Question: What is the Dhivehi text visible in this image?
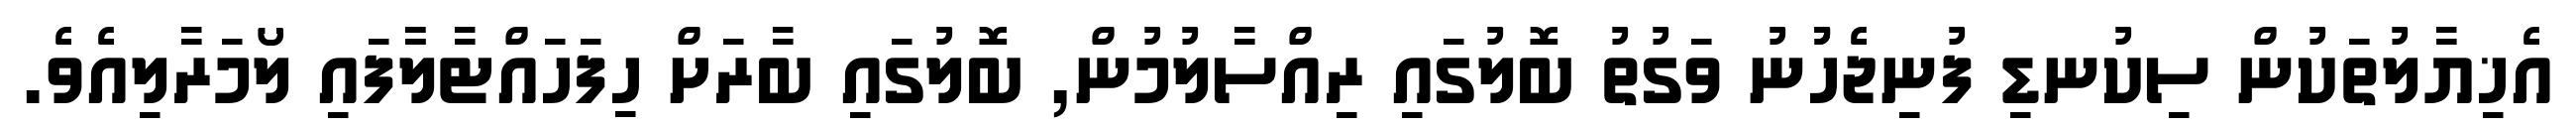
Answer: އެޚިޔާލުތަކުން ސިކުނޑި ފުނިޖެހުުނު ވަގުތު ބޮލުގައި ރިއްސާލުމުން, ބޮލުގައި ބާރަށް ހިފަހައްޓާލާާފައި ލޯމަރާލިއެވެ.